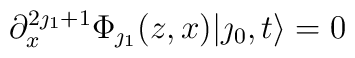
\partial_x^{2\jmath_1+1} \Phi_{\jmath_1}(z,x)|\jmath_0,t\rangle =0